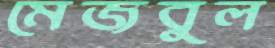
মেজবুল